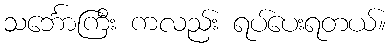
သင်္ဘောကြီး ကလည်း ရပ်ပေးရတယ်။